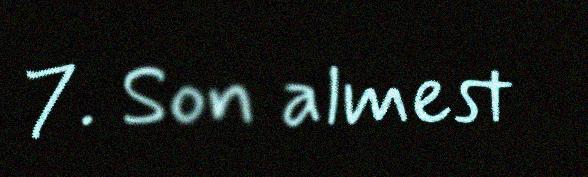
7. Son almest